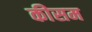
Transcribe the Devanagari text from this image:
कीसम